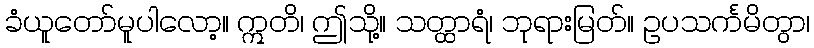
ခံယူတော်မူပါလော့။ ဣတိ၊ ဤသို့။ သတ္ထာရံ၊ ဘုရားမြတ်။ ဥပသင်္ကမိတွာ၊